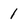
Character: 1